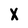
Character: X